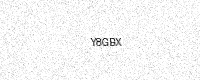
Text: Y8GBX